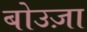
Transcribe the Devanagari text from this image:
बोउज़ा